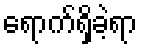
ရောက်ရှိခဲ့ရာ